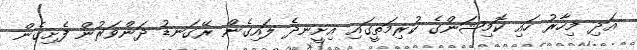
އަދި މިހާރު ހައި ކޮމިޝަންގެ ކުރިމަތީގައި އިށީނދެ ލައިގެން ރޭގަނޑު ދަންވަރުން ފެށިގެން